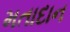
મતાદાન